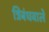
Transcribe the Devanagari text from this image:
त्रिबंधवाले